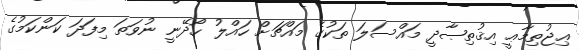
ޢިޖުތިމާޢީ އިޤުތިޞާދީ މައްސަލަ ތަކުގެ މައްޗަށް ހައްލު ހޯދޭނީ ނުވަތަ މިފަދަ ކަންކަމުގެ